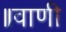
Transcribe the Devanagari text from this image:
॥वाणी